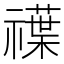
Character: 𥜈